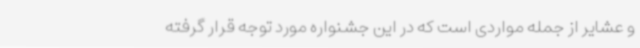
و عشایر از جمله مواردی است که در این جشنواره مورد توجه قرار گرفته